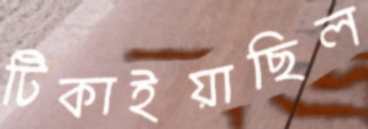
টিকাইয়াছিল